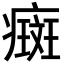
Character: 癍